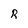
Character: R